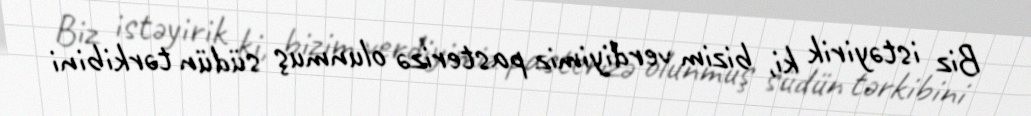
Biz istəyirik ki, bizim verdiyimiz pasterizə olunmuş südün tərkibini